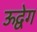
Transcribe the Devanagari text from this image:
ऊद्वेग